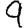
Digit: 9